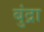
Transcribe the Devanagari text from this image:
बुंद्रा